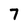
Character: 7